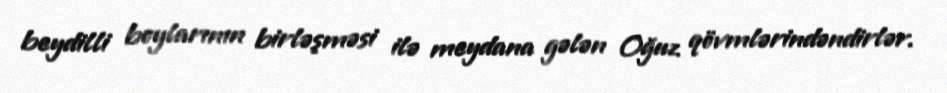
beydilli boylarının birləşməsi ilə meydana gələn Oğuz qövmlərindəndirlər.